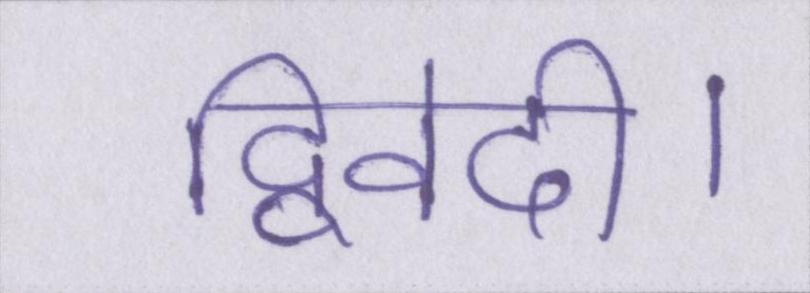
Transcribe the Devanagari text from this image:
द्विवेदी।